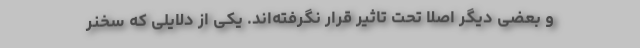
و بعضی دیگر اصلا تحت تاثیر قرار نگرفته‌اند. یکی از دلایلی که سخنر